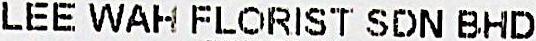
LEE WAH FLORIST SDN BHD